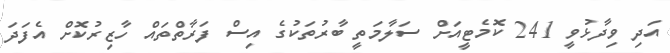
އަދި ވިދާޅުވީ 241 ކޮމެޓީއަށް ސަލާމަތީ ބާރުތަކުގެ އިސް ފަރާތްތައް ހާޒިރުކޮށް އެފަދަ